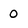
Character: o